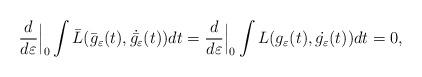
LaTeX: \begin{gather*}\frac{d}{d\varepsilon}\Big|_0\int\bar L(\bar g_\varepsilon(t),\dot{\bar {g_\varepsilon}}(t))dt=\frac{d}{d\varepsilon}\Big|_0\int L(g_\varepsilon(t),\dot{g_\varepsilon}(t))dt =0,\end{gather*}